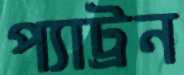
প্যাট্রন